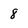
Character: 8